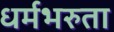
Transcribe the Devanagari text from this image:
धर्मभरुता